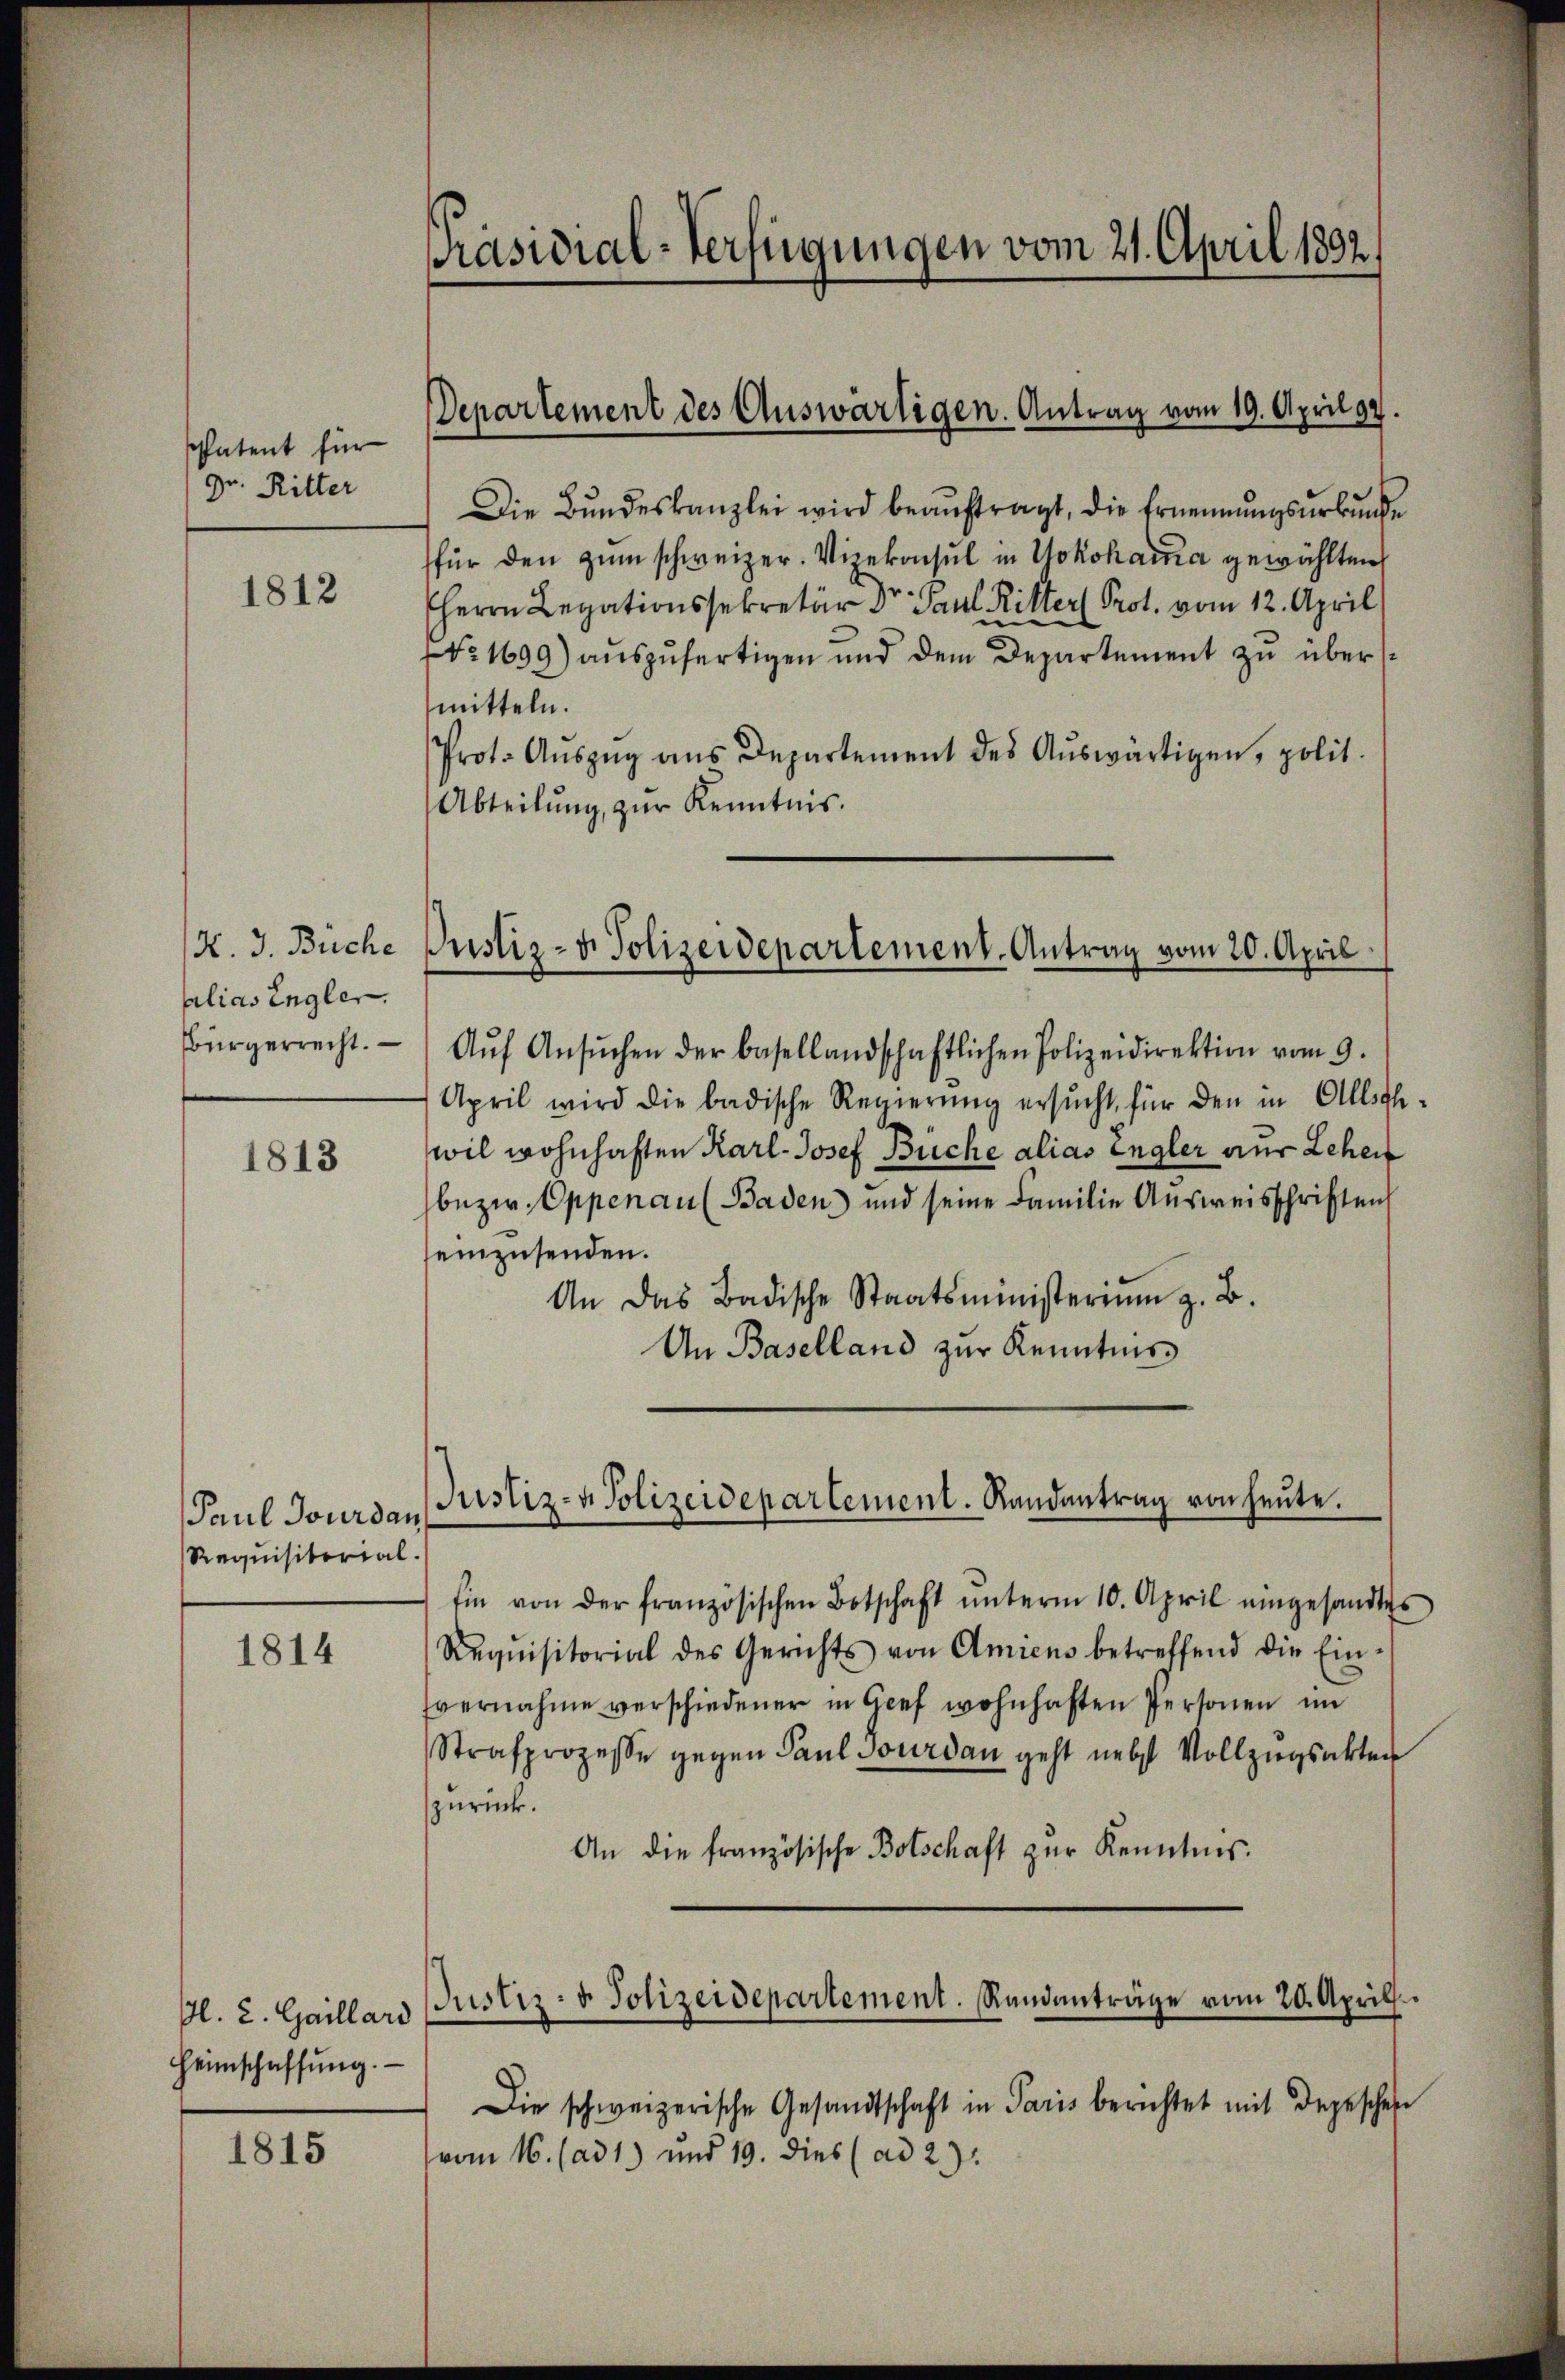
patent für
Gr. Ritter

1812

N. 3. Büche
alias Engler.
Bürgerrecht.

1813

Paul Jourdan
Requisitorial.

1814

Pl. L. Gaillard
Heimschaffŭng.

1815

Präsidial-Verfügungen vom 21. April 1892/

Departement des Auswärtigen. Antrag vom 19. April 92

Die Bundeskanzlei wird beauftragt, die Ernennungsurkunde
für den zum schweizer. Vicekonsul in Yokohama gewählten
HHerrn Legationssekretär Dr. Paul Ritter Prot. vom 12. April
No. 1699) auszufertigen und dem Departement zu übermitteln.
Prot. Aŭszŭg ans Departement des Aŭswärtigen, polit.
Abteilŭng zŭr Kenntnis.
Aŭf Ansŭchen der basellandschaftlichen Polizeidirektion vom 9.
April wird die badische Regierŭng ersŭcht, für den in Allsche
wil wohnhaften Karl-Josef Büche alias engler nur Lehen
bezw. Oppenau (Baden und seine Familie Aŭsweisschriften
seinzusenden.
An das Badische Staatsministerium z. B.
An Baselland zur Kenntnis

Justiz- & Polizeidepartement. Antrag vom 20. April

Justiz- & Polizeidepartement. Landantrag von heute.

Ein von der französischen Botschaft ŭnterm 10. April eingesandtes
Requisitorial des Gerichts von Amiens betreffend die Ein-
Evernahme verschiedener in Gief wohnhaften Personen im
Strafprozesse gegen Paul Sourdau geht nebst Vollzugsakter
zurück.
An die französische Botschaft zur Kenntnis.
Die schweizerische Gesandtschaft in Paris berichtet mit depeschehe
vom 16. (ad 1) und 19. dies (ad 2.)

Justiz- u. Polizeidepartement. Randanträge vom 20. Aprill